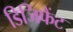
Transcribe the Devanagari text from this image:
डिजिफैंट